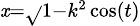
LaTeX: \scriptstyle{\mathit{x}={\sqrt{}{{1-k^{2}}}}\cos(t)}